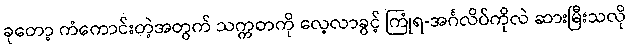
ခုတော့ ကံကောင်းတဲ့အတွက် သက္ကတကို လေ့လာခွင့် ကြုံရ-အင်္ဂလိပ်ကိုလဲ ဆားမြီးသလို